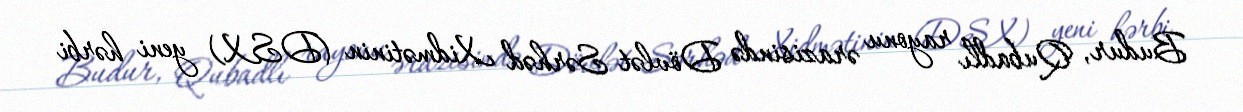
Budur, Qubadlı rayonu ərazisində Dövlət Sərhəd Xidmətinin (DSX) yeni hərbi